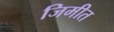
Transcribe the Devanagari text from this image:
जिमीत